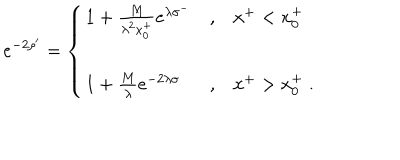
LaTeX: e ^ { - 2 \rho ^ { \prime } } = \left\{ \begin{array} { l c l } { { 1 + { \frac { M } { \lambda ^ { 2 } x _ { 0 } ^ { + } } } e ^ { \lambda \sigma ^ { - } } } } & { { , } } & { { x ^ { + } < x _ { 0 } ^ { + } \nonumber } } \\ { { 1 + { \frac { M } { \lambda } } e ^ { - 2 \lambda \sigma } } } & { { , } } & { { x ^ { + } > x _ { 0 } ^ { + } \; . } } \\ \end{array} \right.